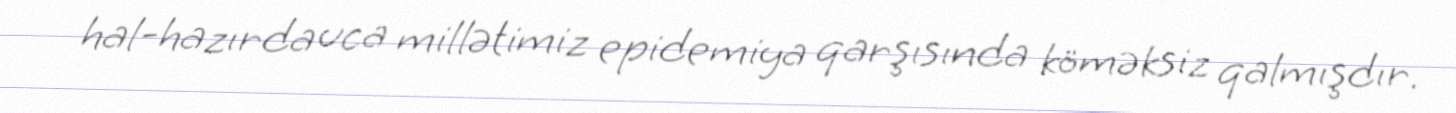
hal-hazırda uca millətimiz epidemiya qarşısında köməksiz qalmışdır.